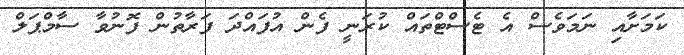
ކަމަށާއި ނަމަވެސް އެ ޓެސްޓްތައް ކުރަނީ ފެން އުފައްދަ ފަރާތުން ފޮނުވާ ސާމްޕަލް